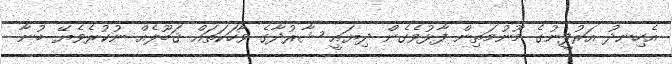
އެހިނދު އަރުފީނުގެ މޫނުމަތިން ފާޅުވެގެން ދިޔައީ ޝާރުދާގެ ވާހަކަތައް ޤަބޫލެއް ނުކުރެވެޔޭ ބުނާ